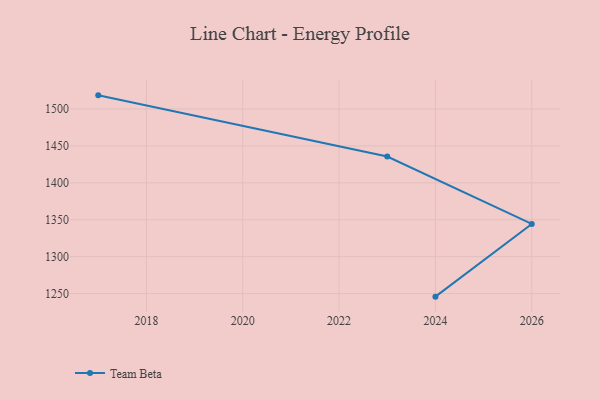
{"axis": {"x": "Year", "y": "Page Views"}, "legend": ["Team Beta"], "data": [{"x": "2024", "y": 1245.8, "type": "Team Beta"}, {"x": "2026", "y": 1344.3, "type": "Team Beta"}, {"x": "2023", "y": 1435.7, "type": "Team Beta"}, {"x": "2017", "y": 1518.5, "type": "Team Beta"}]}